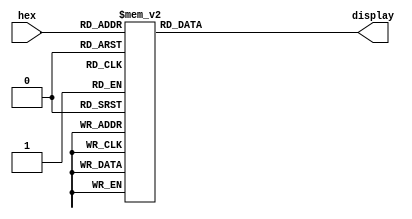
module hex7seg (hex, display);
input [3:0] hex;
output [0:6] display;

reg [0:6] display;

/*
* - 0 -
* 5 | | 1
* - 6 -
* 4 | | 2
* - 3 -
*/

always @ (hex)
    case (hex)
        4'h0: display = 7'b0000001;
        4'h1: display = 7'b1001111;
        4'h2: display = 7'b0010010;
        4'h3: display = 7'b0000110;
        4'h4: display = 7'b1001100;
        4'h5: display = 7'b0100100;
        4'h6: display = 7'b0100000;
        4'h7: display = 7'b0001111;
        4'h8: display = 7'b0000000;
        4'h9: display = 7'b0001100;
        4'hA: display = 7'b0001000;
        4'hb: display = 7'b1100000;
        4'hC: display = 7'b0110001;
        4'hd: display = 7'b1000010;
        4'hE: display = 7'b0110000;
        4'hF: display = 7'b0111000;
    endcase

endmodule